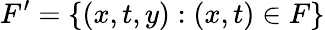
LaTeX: F^{\prime}=\{ (x,t,y):(x,t)\in F\}